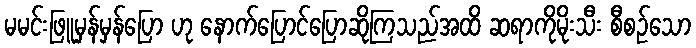
မမင်းဖြူမှန်မှန်ပြော ဟု နောက်ပြောင်ပြောဆိုကြသည်အထိ ဆရာကိုမိုးသီး စီစဉ်သော